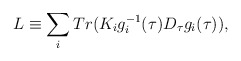
\begin{align*}L \equiv \sum_{i} Tr (K_i g^{-1}_{i}(\tau) D_{\tau}g_{i}(\tau)) ,\end{align*}